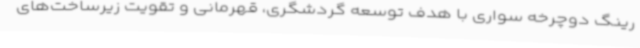
رینگ دوچرخه سواری با هدف توسعه گردشگری، قهرمانی و تقویت زیرساخت‌های